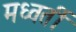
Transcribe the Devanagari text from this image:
मध्वर्ती